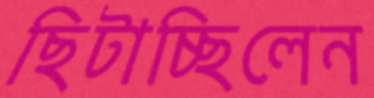
ছিটাচ্ছিলেন